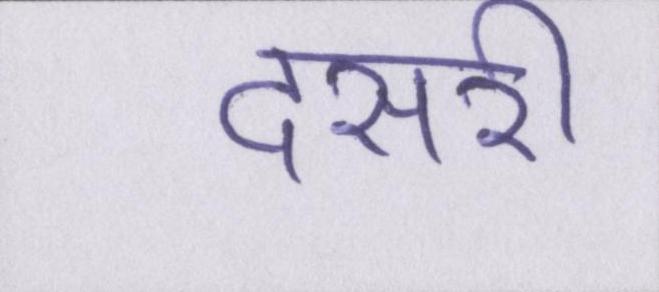
दसरी